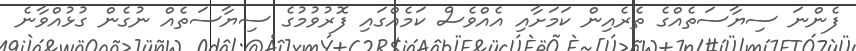
ފެންނަ ސިޔާސަތެއްގެ ތެރެއިން ކަމަށާއި އެއްވެސް ކަމެއްގައި ފޮރުވުމުގެ ސިޔާސަތެއް ނުގެން ގުޅުއްވާނެ